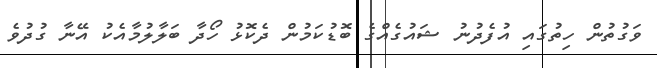
ވަގުތުން ހިތުގައި އުފެދުނު ޝައުގެއްގެ ބޮޑުކަމުން ދެކޮޅު ހޯދާ ބަލާލުމާއެކު އޭނާ ގުދުވެ